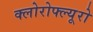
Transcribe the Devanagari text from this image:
क्लोरोफ्ल्यूरो